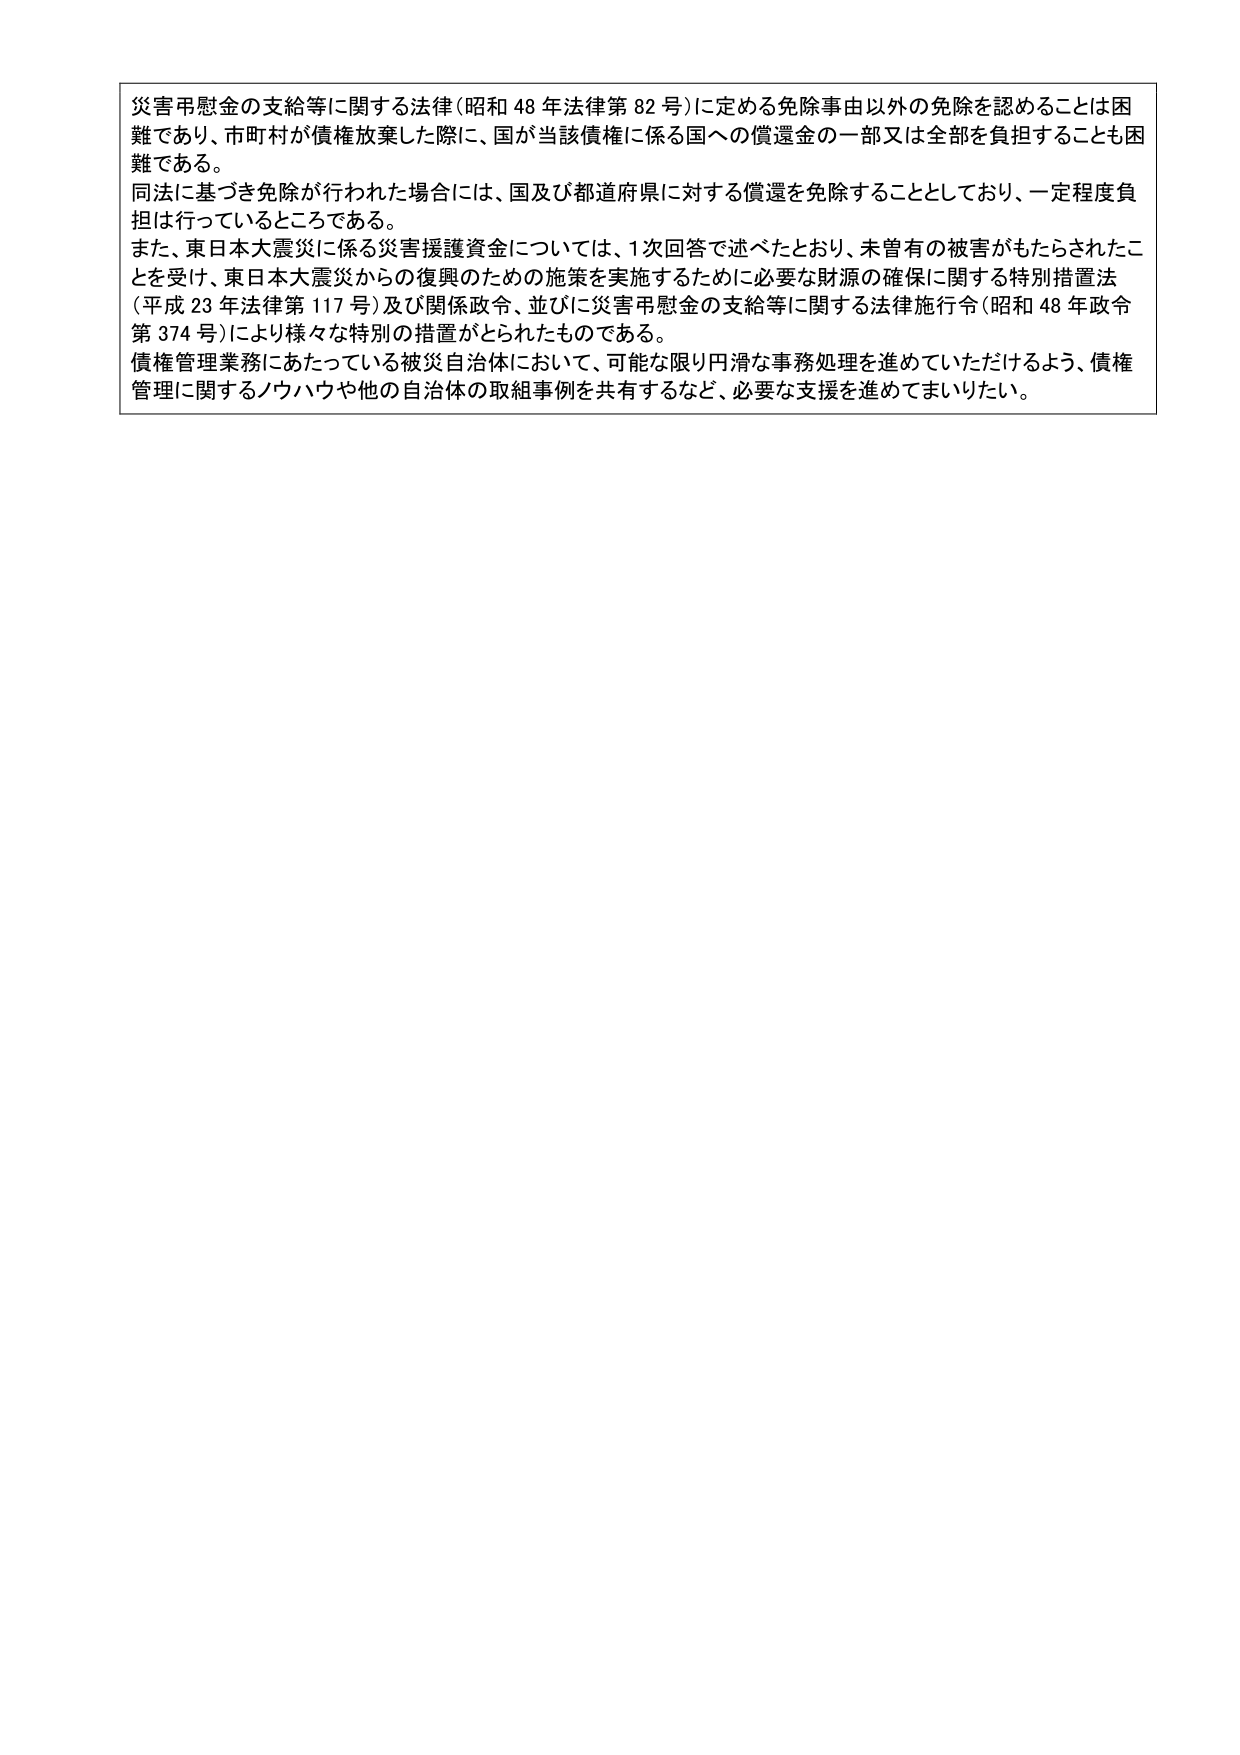
災害弔慰金の支給等に関する法律（昭和48年法律第82号）に定める免除事由以外の免除を認めることは困難であり、市町村が債権放棄した際に、国が当該債権に係る国への償還金の一部又は全部を負担することも困難である。

同法に基づき免除が行われた場合には、国及び都道府県に対する償還を免除することとしており、一定程度負担は行っているところである。

また、東日本大震災に係る災害援護資金については、1次回答で述べたとおり、未曽有の被害がもたらされたことを受け、東日本大震災からの復興のための施策を実施するために必要な財源の確保に関する特別措置法（平成23年法律第117号）及び関係政令、並びに災害弔慰金の支給等に関する法律施行令（昭和48年政令第374号）により様々な特別の措置がとられたものである。

債権管理業務にあたっている被災自治体において、可能な限り円滑な事務処理を進めていただけるよう、債権管理に関するノウハウや他の自治体の取組事例を共有するなど、必要な支援を進めてまいりたい。